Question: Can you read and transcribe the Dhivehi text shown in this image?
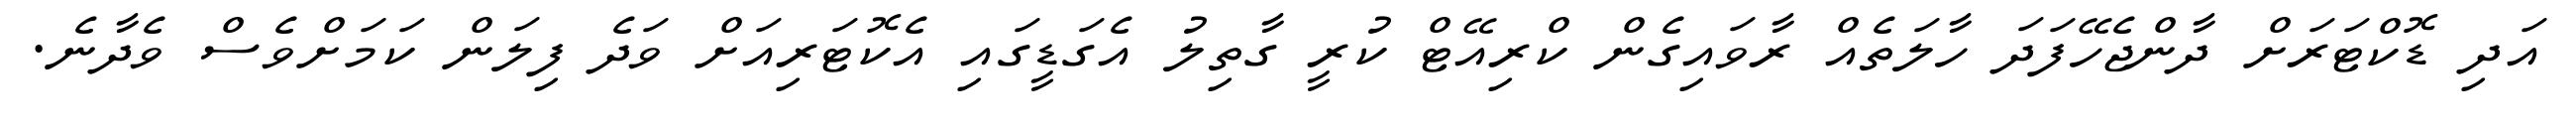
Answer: އަދި ޑޮކްޓަރަށް ދާންޖެހޭފަދަ ހާލަތެއް ރާވައިގެން ކްރިއޭޓް ކުރީ ގާތިލު އެގަޑީގައި އެކޮޓަރިއަށް ވަދެ ފިލަން ކަމަށްވެސް ވެދާނެ.